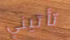
تأتيني